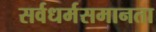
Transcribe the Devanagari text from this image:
सर्वधर्मसमानता